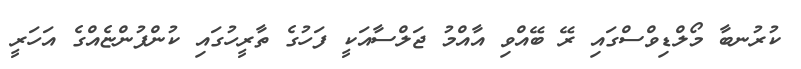
ކުރުނބާ މޯލްޑިވްސްގައި ރޭ ބޭއްވި އާއްމު ޖަލްސާއަކީ ފަހުގެ ތާރީހުގައި ކުންފުންޏެއްގެ އަހަރީ